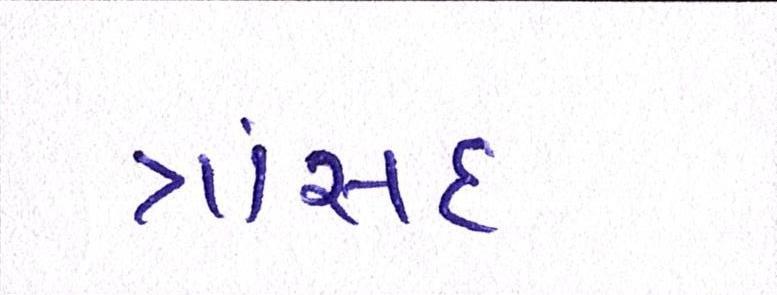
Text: ત્રાંસદ